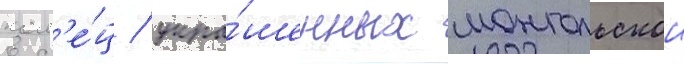
кол'е́ц / укра́шенных монгольскои